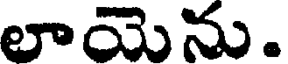
లాయెను.